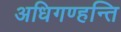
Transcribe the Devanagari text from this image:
अधिगण्हन्ति